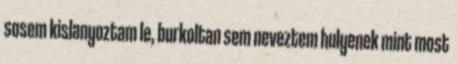
sosem kislanyoztam le, burkoltan sem neveztem hulyenek mint most